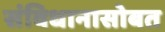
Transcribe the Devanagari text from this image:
संविधानासोबत